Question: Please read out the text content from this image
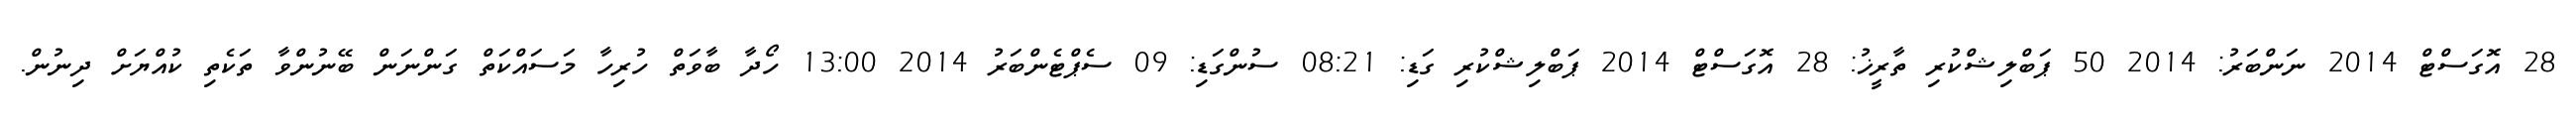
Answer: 28 އޮގަސްޓް 2014 ނަންބަރު: 2014 50 ޕަބްލިޝްކުރި ތާރީޚު: 28 އޮގަސްޓް 2014 ޕަބްލިޝްކުރި ގަޑި: 08:21 ސުންގަޑި: 09 ސެޕްޓެންބަރު 2014 13:00 ހޯދާ ބާވަތް ހުރިހާ މަސައްކަތް ގަންނަން ބޭނުންވާ ތަކެތި ކުއްޔަށް ދިނުން.